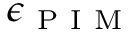
\epsilon _ { \mathrm { ~ P ~ I ~ M ~ } }